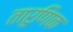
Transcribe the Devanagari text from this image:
तारुणिक